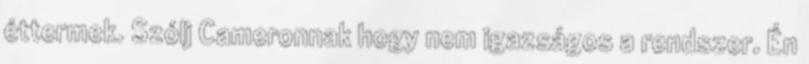
éttermek. Szólj Cameronnak hogy nem igazságos a rendszer. Én